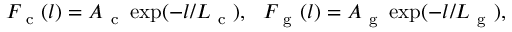
F _ { \mathrm { ~ c ~ } } ( l ) = A _ { \mathrm { ~ c ~ } } \exp ( - l / L _ { \mathrm { ~ c ~ } } ) , \, \, \, \, F _ { \mathrm { ~ g ~ } } ( l ) = A _ { \mathrm { ~ g ~ } } \exp ( - l / L _ { \mathrm { ~ g ~ } } ) ,